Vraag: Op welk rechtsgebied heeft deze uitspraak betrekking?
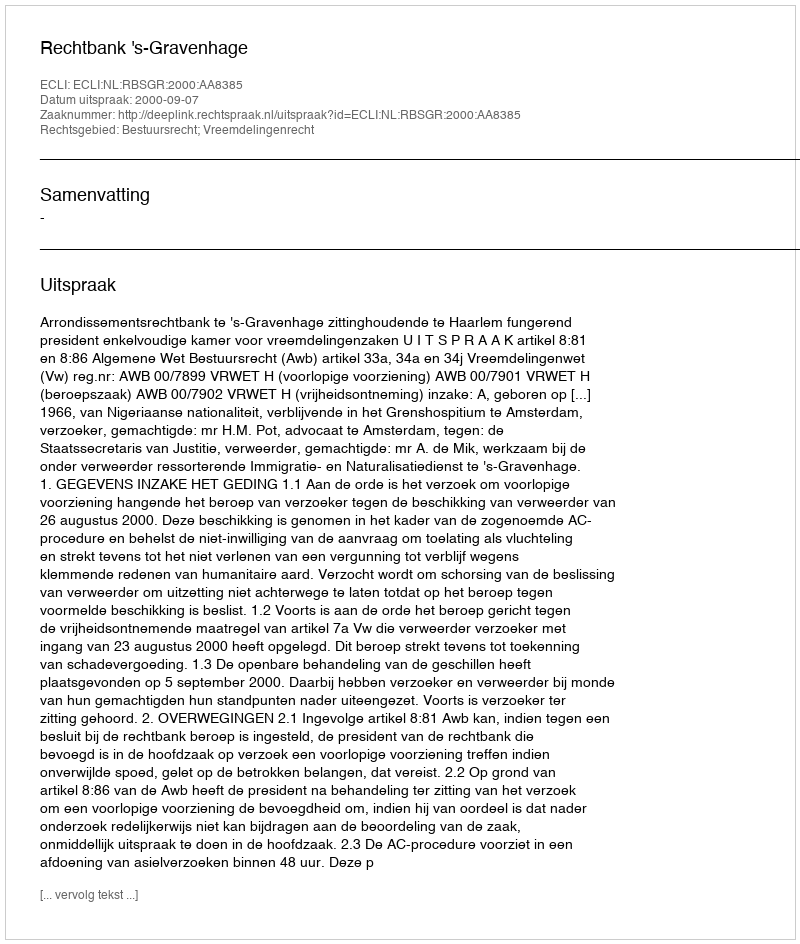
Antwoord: Bestuursrecht; Vreemdelingenrecht